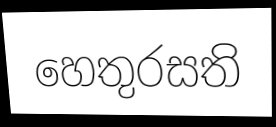
හෙතුරසති